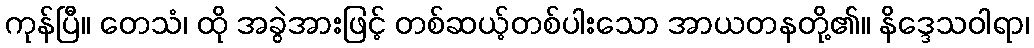
ကုန်ပြီ။ တေသံ၊ ထို အခွဲအားဖြင့် တစ်ဆယ့်တစ်ပါးသော အာယတနတို့၏။ နိဒ္ဒေသဝါရာ၊